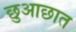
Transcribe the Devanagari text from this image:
छुआछात